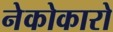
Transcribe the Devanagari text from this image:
नेकोकारो